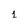
Character: 1